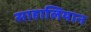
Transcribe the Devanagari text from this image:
साहालियान